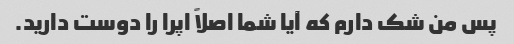
پس من شک دارم که آیا شما اصلاً اپرا را دوست دارید.